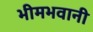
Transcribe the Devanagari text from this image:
भीमभवानी